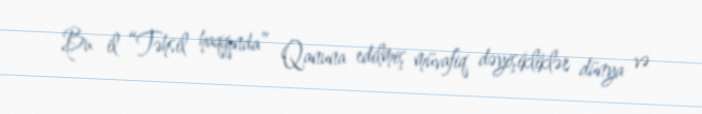
Bu il “Təhsil haqqında” Qanuna edilmiş müvafiq dəyişikliklər dünya və